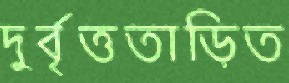
দুর্বৃত্ততাড়িত